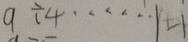
9 \div 4 \cdots 1 - 1